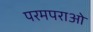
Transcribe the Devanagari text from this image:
परमपराओ